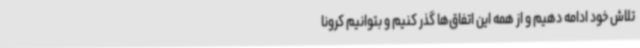
تلاش خود ادامه دهیم و از همه این اتفاق‌ها گذر کنیم و بتوانیم کرونا